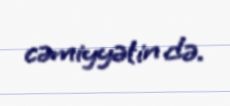
cəmiyyətin də.